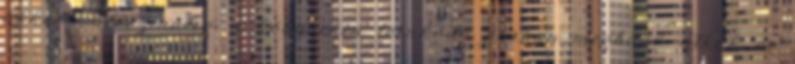
akkor valószínűleg a könyveken lerakódó porban megbúvó atkák és